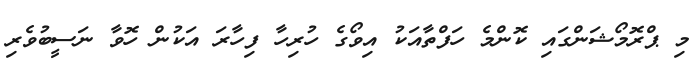
މި ޕްރޮމޯޝަންގައި ކޮންމެ ހަފްތާއަކު އިވޯގެ ހުރިހާ ފިހާރަ އަކުން ހޮވާ ނަސީބުވެރި